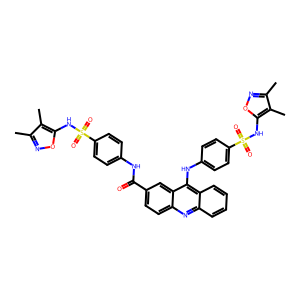
SMILES: Cc1noc(NS(=O)(=O)c2ccc(NC(=O)c3ccc4nc5ccccc5c(Nc5ccc(S(=O)(=O)Nc6onc(C)c6C)cc5)c4c3)cc2)c1C
Inhibits HIV replication: Yes